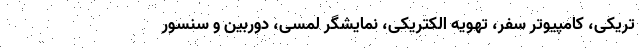
تریکی، کامپیوتر سفر، تهویه الکتریکی، نمایشگر لمسی، دوربین و سنسور